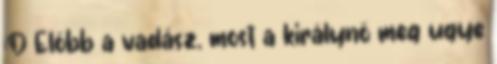
:D Előbb a vadász, most a királynő meg ugye